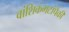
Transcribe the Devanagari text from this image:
वांशिकगटांपैकी